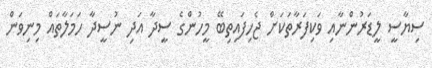
ސިޔާސީ ލީޑަރުންނާއި ވަކިފަރާތަކަށް ޖެހިފައިތިބޭ މީހުންގެ ސީދާ އަދި ނުސީދާ ހަމަލާތައް މިނިވަން